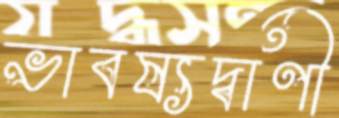
ভাবষ্যদ্বাণী